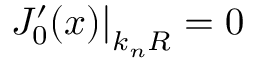
\left. J _ { 0 } ^ { \prime } ( x ) \right| _ { k _ { n } R } = 0